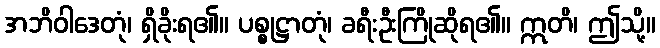
အဘိဝါဒေတုံ၊ ရှိခိုးရ၏။ ပစ္စုဋ္ဌာတုံ၊ ခရီးဦးကြိုဆိုရ၏။ ဣတိ၊ ဤသို့။